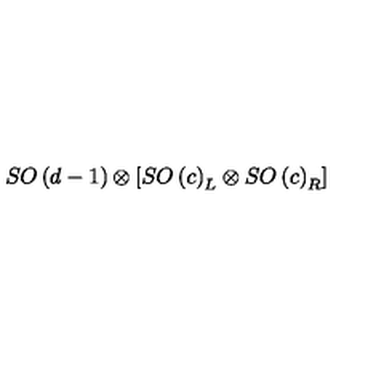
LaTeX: S O \left( d - 1 \right) \otimes \left[ S O \left( c \right) _ { L } \otimes S O \left( c \right) _ { R } \right]